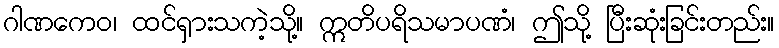
ဂါဏကေဝ၊ ထင်ရှားသကဲ့သို့။ ဣတိပရိသမာပဏံ၊ ဤသို့ ပြီးဆုံးခြင်းတည်း။